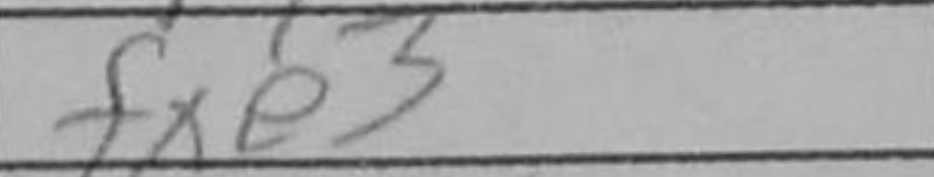
Transcription: fxe3